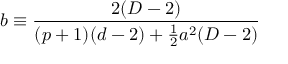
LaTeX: b \equiv \frac { 2 ( D - 2 ) } { ( p + 1 ) ( d - 2 ) + \frac { 1 } { 2 } a ^ { 2 } ( D - 2 ) }